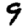
Digit: 9